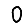
Digit: 0